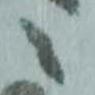
ニ